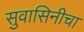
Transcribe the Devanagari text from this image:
सुवासिनीचा